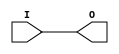
module X_BUF (O, I);

  parameter LOC = "UNPLACED";
  output O;
  input I;

  buf (O, I);

  specify

	(I => O) = (0:0:0,  0:0:0);
	specparam PATHPULSE$ = 0;

  endspecify

endmodule